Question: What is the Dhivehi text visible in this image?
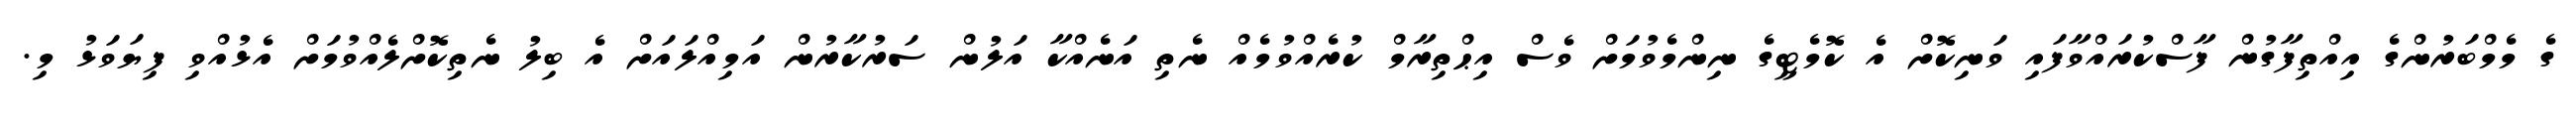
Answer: ގެ މެމްބަރުންގެ އިއްތިފާގުން ފާސްކުރައްވާފައި ވަނިކޮށް އެ ކޮމެޓީގެ ނިންމެވުމަށް ވެސް އިޙްތިރާމް ކުރެއްވުމެއް ނެތި އަނެއްކާ އަލުން ސަރުކާރުން އަމިއްލައަށް އެ ބިލު ނެތިކޮށްލެއްވުމަށް އެޅުއްވި ފިޔަވަޅު މި.